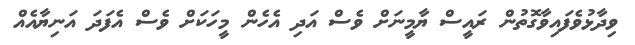
ވިދާޅުވެފައިވާގޮތުން ރައީސް ޔާމީނަށް ވެސް އަދި އެހެން މީހަކަށް ވެސް އެފަދަ އަނިޔާއެއް